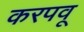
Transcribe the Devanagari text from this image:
करपवू